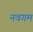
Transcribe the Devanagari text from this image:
नवगम